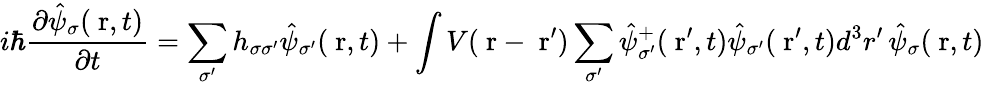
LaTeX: i\hbar\frac{\partial\hat{\psi}_{\sigma}(\mathrm{\mathbf~r},t)}{\partial t}=\sum_{\sigma^{\prime}}h_{\sigma\sigma^{\prime}}\hat{\psi}_{\sigma^{\prime}}(\mathrm{\mathbf~r},t)+\int V(\mathrm{\mathbf~r}-\mathrm{\mathbf~r}^{\prime})\sum_{\sigma^{\prime}}\hat{\psi}_{\sigma^{\prime}}^{+}(\mathrm{\mathbf~r}^{\prime},t)\hat{\psi}_{\sigma^{\prime}}(\mathrm{\mathbf~r}^{\prime},t)d^{3}r^{\prime}\, \hat{\psi}_{\sigma}(\mathrm{\mathbf~r},t)